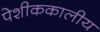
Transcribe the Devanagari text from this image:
पेशीककालीय